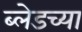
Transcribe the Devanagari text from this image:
ब्लेडच्या